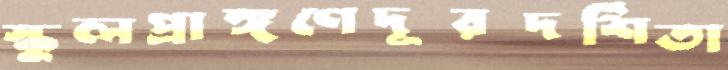
স্কুলপ্রাঙ্গণেদূরদর্শিতা